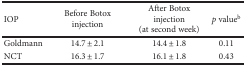
| IOP | Before Botox injection | After Botox injection (at second week) | p valueb |
 | --- | --- | --- | --- |
 | Goldmann | 14.7 ± 2.1 | 14.4 ± 1.8 | 0.11 |
 | NCT | 16.3 ± 1.7 | 16.1 ± 1.8 | 0.43 |